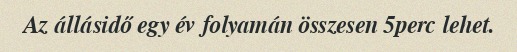
Az állásidő egy év folyamán összesen 5perc lehet.